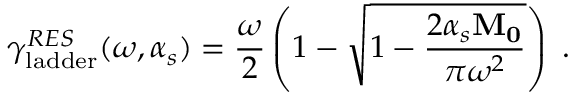
\gamma _ { \mathrm { l a d d e r } } ^ { R E S } ( \omega , \alpha _ { s } ) = { \frac { \omega } { 2 } } \left( 1 - \sqrt { 1 - { \frac { 2 \alpha _ { s } { \bf M _ { 0 } } } { \pi \omega ^ { 2 } } } } \right) \; .